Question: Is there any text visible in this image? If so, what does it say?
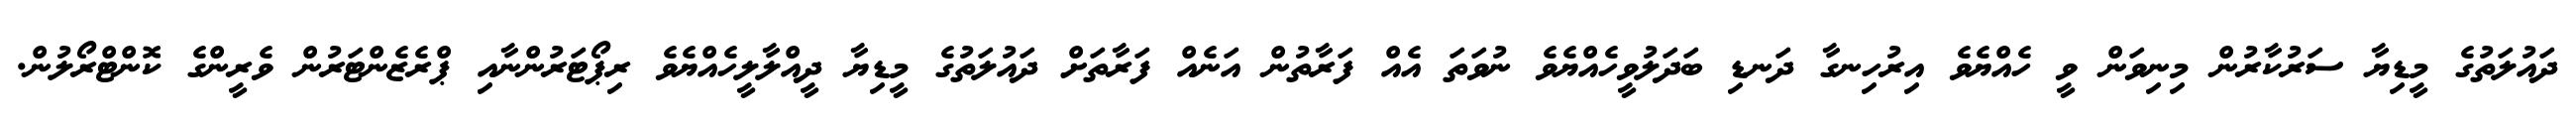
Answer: ދައުލަތުގެ މީޑިޔާ ސަރުކާރުން މިނިވަން ވީ ހެއްޔެވެ އިރުހިނގާ ދަނޑި ބަދަލުވީހެއްޔެވެ ނުވަތަ އެއް ފަރާތުން އަނެއް ފަރާތަށް ދައުލަތުގެ މީޑިޔާ ދީއްލާލީހެއްޔެވެ ރިޕޯޓަރުންނާއި ޕްރެޒެންޓަރުން ވެރީންގެ ކޮންޓްރޯލުން.